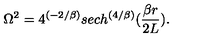
\Omega ^ { 2 } = 4 ^ { ( - 2 / \beta ) } s e c h ^ { \left( { 4 / \beta } \right) } ( { \frac { \beta r } { 2 L } } ) .